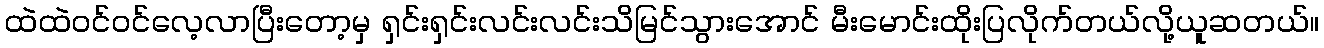
ထဲထဲဝင်ဝင်လေ့လာပြီးတော့မှ ရှင်းရှင်းလင်းလင်းသိမြင်သွားအောင် မီးမောင်းထိုးပြလိုက်တယ်လို့ယူဆတယ်။